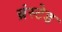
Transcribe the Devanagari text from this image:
ब्रंस्टेड